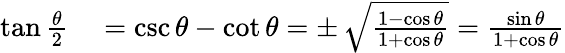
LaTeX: \begin{array}{rl}{\tan{\frac{\theta}{2}}}&{{}=\csc\theta-\cot\theta=\pm\, {\sqrt{\frac{1-\cos\theta}{1+\cos\theta}}}={\frac{\sin\theta}{1+\cos\theta}}}\end{array}